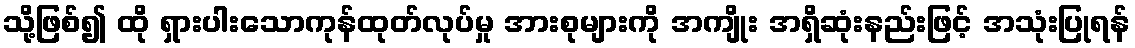
သို့ဖြစ်၍ ထို ရှားပါးသောကုန်ထုတ်လုပ်မှု အားစုများကို အကျိုး အရှိဆုံးနည်းဖြင့် အသုံးပြုရန်